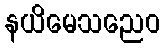
နယိမေသညေဝ